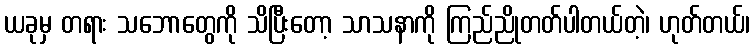
ယခုမှ တရား သဘောတွေကို သိပြီးတော့ သာသနာကို ကြည်ညိုတတ်ပါတယ်တဲ့၊ ဟုတ်တယ်၊